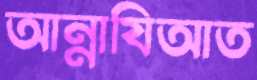
আন্নাযিআত